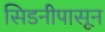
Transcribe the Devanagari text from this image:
सिडनीपासून